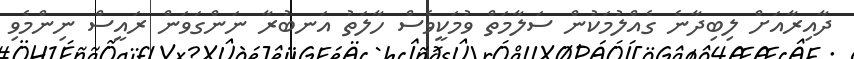
ދާއިރާއަށް ލިބިދާނެ ގެއްލުމަކުން ސަލާމަތް ވުމަކީވެސް ހާލަތު އަނބުރާ ނަންގަވަން ރައީސް ނިންމެވި